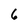
Character: 6